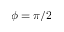
\phi = \pi / 2